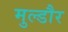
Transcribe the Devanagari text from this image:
मुल्डौर